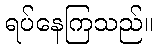
ရပ်နေကြသည်။